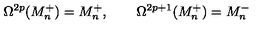
\Omega ^ { 2 p } ( M _ { n } ^ { + } ) = M _ { n } ^ { + } , \qquad \Omega ^ { 2 p + 1 } ( M _ { n } ^ { + } ) = M _ { n } ^ { - }